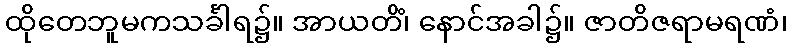
ထိုတေဘူမကသင်္ခါရ၌။ အာယတိံ၊ နောင်အခါ၌။ ဇာတိဇရာမရဏံ၊